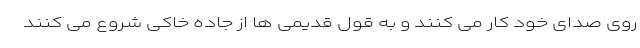
روی صدای خود کار می کنند و به قول قدیمی ها از جاده خاکی شروع می کنند